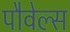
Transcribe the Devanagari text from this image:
पौवेल्स